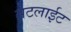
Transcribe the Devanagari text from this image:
सेटलाईट